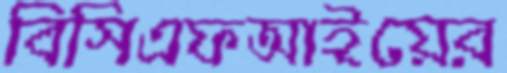
বিসিএফআইয়ের